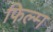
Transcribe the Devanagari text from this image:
फिल्‍म्‍ा